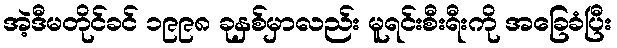
အဲ့ဒီမတိုင်ခင် ၁၉၉၈ ခုနှစ်မှာလည်း မူရင်းစီးရီးကို အခြေခံပြီး